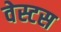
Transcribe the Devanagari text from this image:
वेस्टस